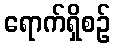
ရောက်ရှိစဉ်